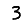
Digit: 3